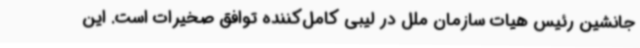
جانشین رئیس هیات سازمان ملل در لیبی کامل‌کننده توافق صخیرات است. این